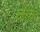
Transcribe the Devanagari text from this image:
लींक